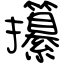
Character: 攥